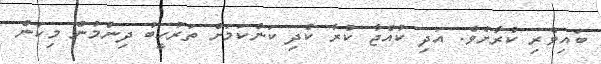
ބައިވެރި ކުރާށެވެ. އަދި ކުއްޖާ ކުރާ ކުދި ކަންކަމަށް ތަރުހީބު ދިނުމުން މިކަން